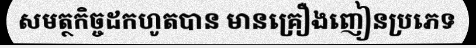
សមត្ថកិច្ចដកហូតបាន មានគ្រឿងញៀនប្រភេទ